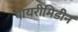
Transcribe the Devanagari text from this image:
पायरीमिडीन